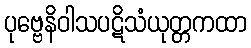
ပုဗ္ဗေနိဝါသပဋိသံယုတ္တကထာ